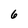
Character: 6